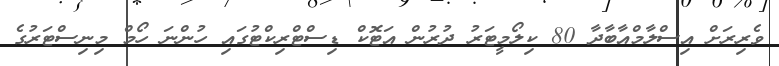
ވެރިރަށް އިސްލާމްއާބާދާ 80 ކިލޯމީޓަރު ދުރުން އަޓޮކް ޑިސްޓްރިކްޓުގައި ހުންނަ ހޯމް މިނިސްޓަރުގެ